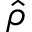
\hat { \rho }